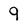
Character: 9